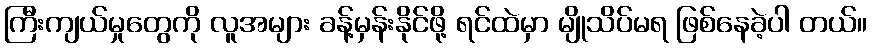
ကြီးကျယ်မှုတွေကို လူအများ ခန့်မှန်းနိုင်ဖို့ ရင်ထဲမှာ မျိုသိပ်မရ ဖြစ်နေခဲ့ပါ တယ်။